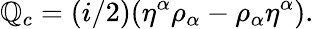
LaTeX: \mathbb{Q}_{c}=(i/2)({\eta}^{\alpha}{\rho}_{\alpha}-{\rho}_{\alpha}{\eta}^{\alpha}).